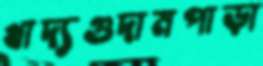
খাদ্যগুদামপাড়া